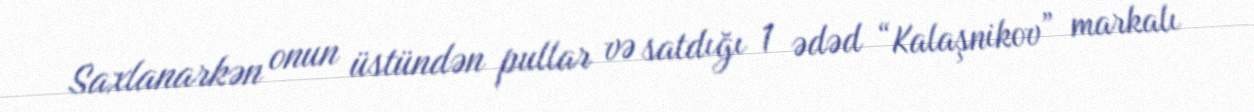
Saxlanarkən onun üstündən pullar və satdığı 1 ədəd “Kalaşnikov” markalı